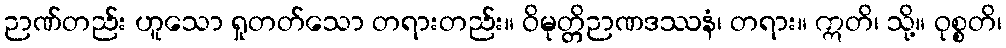
ဉာဏ်တည်း ဟူသော ရှုတတ်သော တရားတည်း။ ဝိမုတ္တိဉာဏဒဿနံ၊ တရား။ ဣတိ၊ သို့။ ဝုစ္စတိ၊